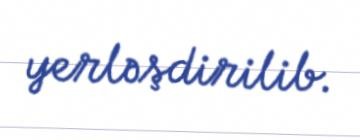
yerləşdirilib.